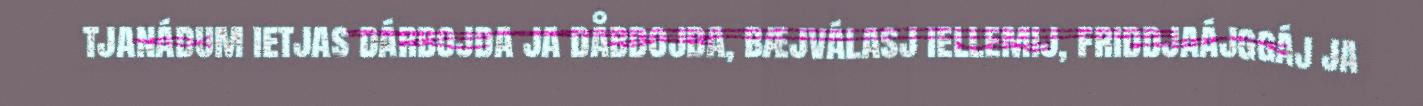
tjanádum ietjas dárbojda ja dåbdojda, bæjválasj iellemij, friddjaájggáj ja